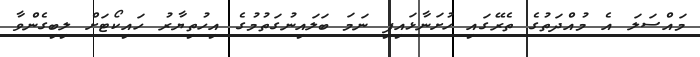
މައްސަލަ އެ މުއްދަތުގެ ތެރޭގައި ހުށަނާޅައިފި ނަމަ ބަލައިނުގަތުމުގެ އިހުތިޔާރު ހައިކޯޓަށް ލިބިގެންވާ